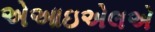
એઆઇએલએ